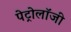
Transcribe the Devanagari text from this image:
पेट्रोलॉजी